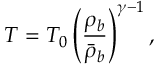
T = T _ { 0 } \left( \frac { \rho _ { b } } { \bar { \rho } _ { b } } \right) ^ { \gamma - 1 } ,